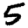
Digit: 5